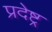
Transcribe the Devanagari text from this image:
प्रदेष्ट्र